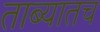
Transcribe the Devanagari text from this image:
ताब्यातच